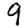
Digit: 9